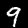
Label: 9